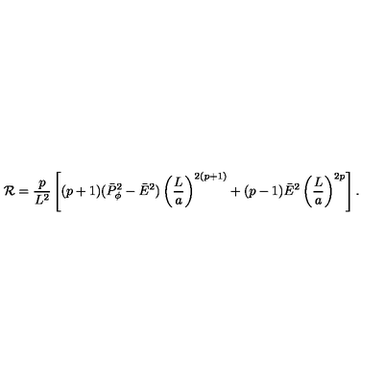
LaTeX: { \cal R } = { \frac { p } { L ^ { 2 } } } \left[ ( p + 1 ) ( \bar { P } _ { \phi } ^ { 2 } - \bar { E } ^ { 2 } ) \left( { \frac { L } { a } } \right) ^ { 2 ( p + 1 ) } + ( p - 1 ) \bar { E } ^ { 2 } \left( { \frac { L } { a } } \right) ^ { 2 p } \right] .